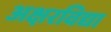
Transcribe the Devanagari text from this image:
अक्षरविद्या